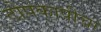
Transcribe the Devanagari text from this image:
टोपकापीचा